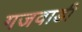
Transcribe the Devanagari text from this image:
गजवाडी